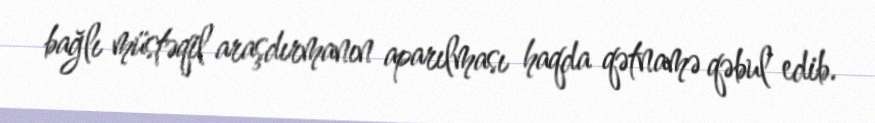
bağlı müstəqil araşdırmanın aparılması haqda qətnamə qəbul edib.